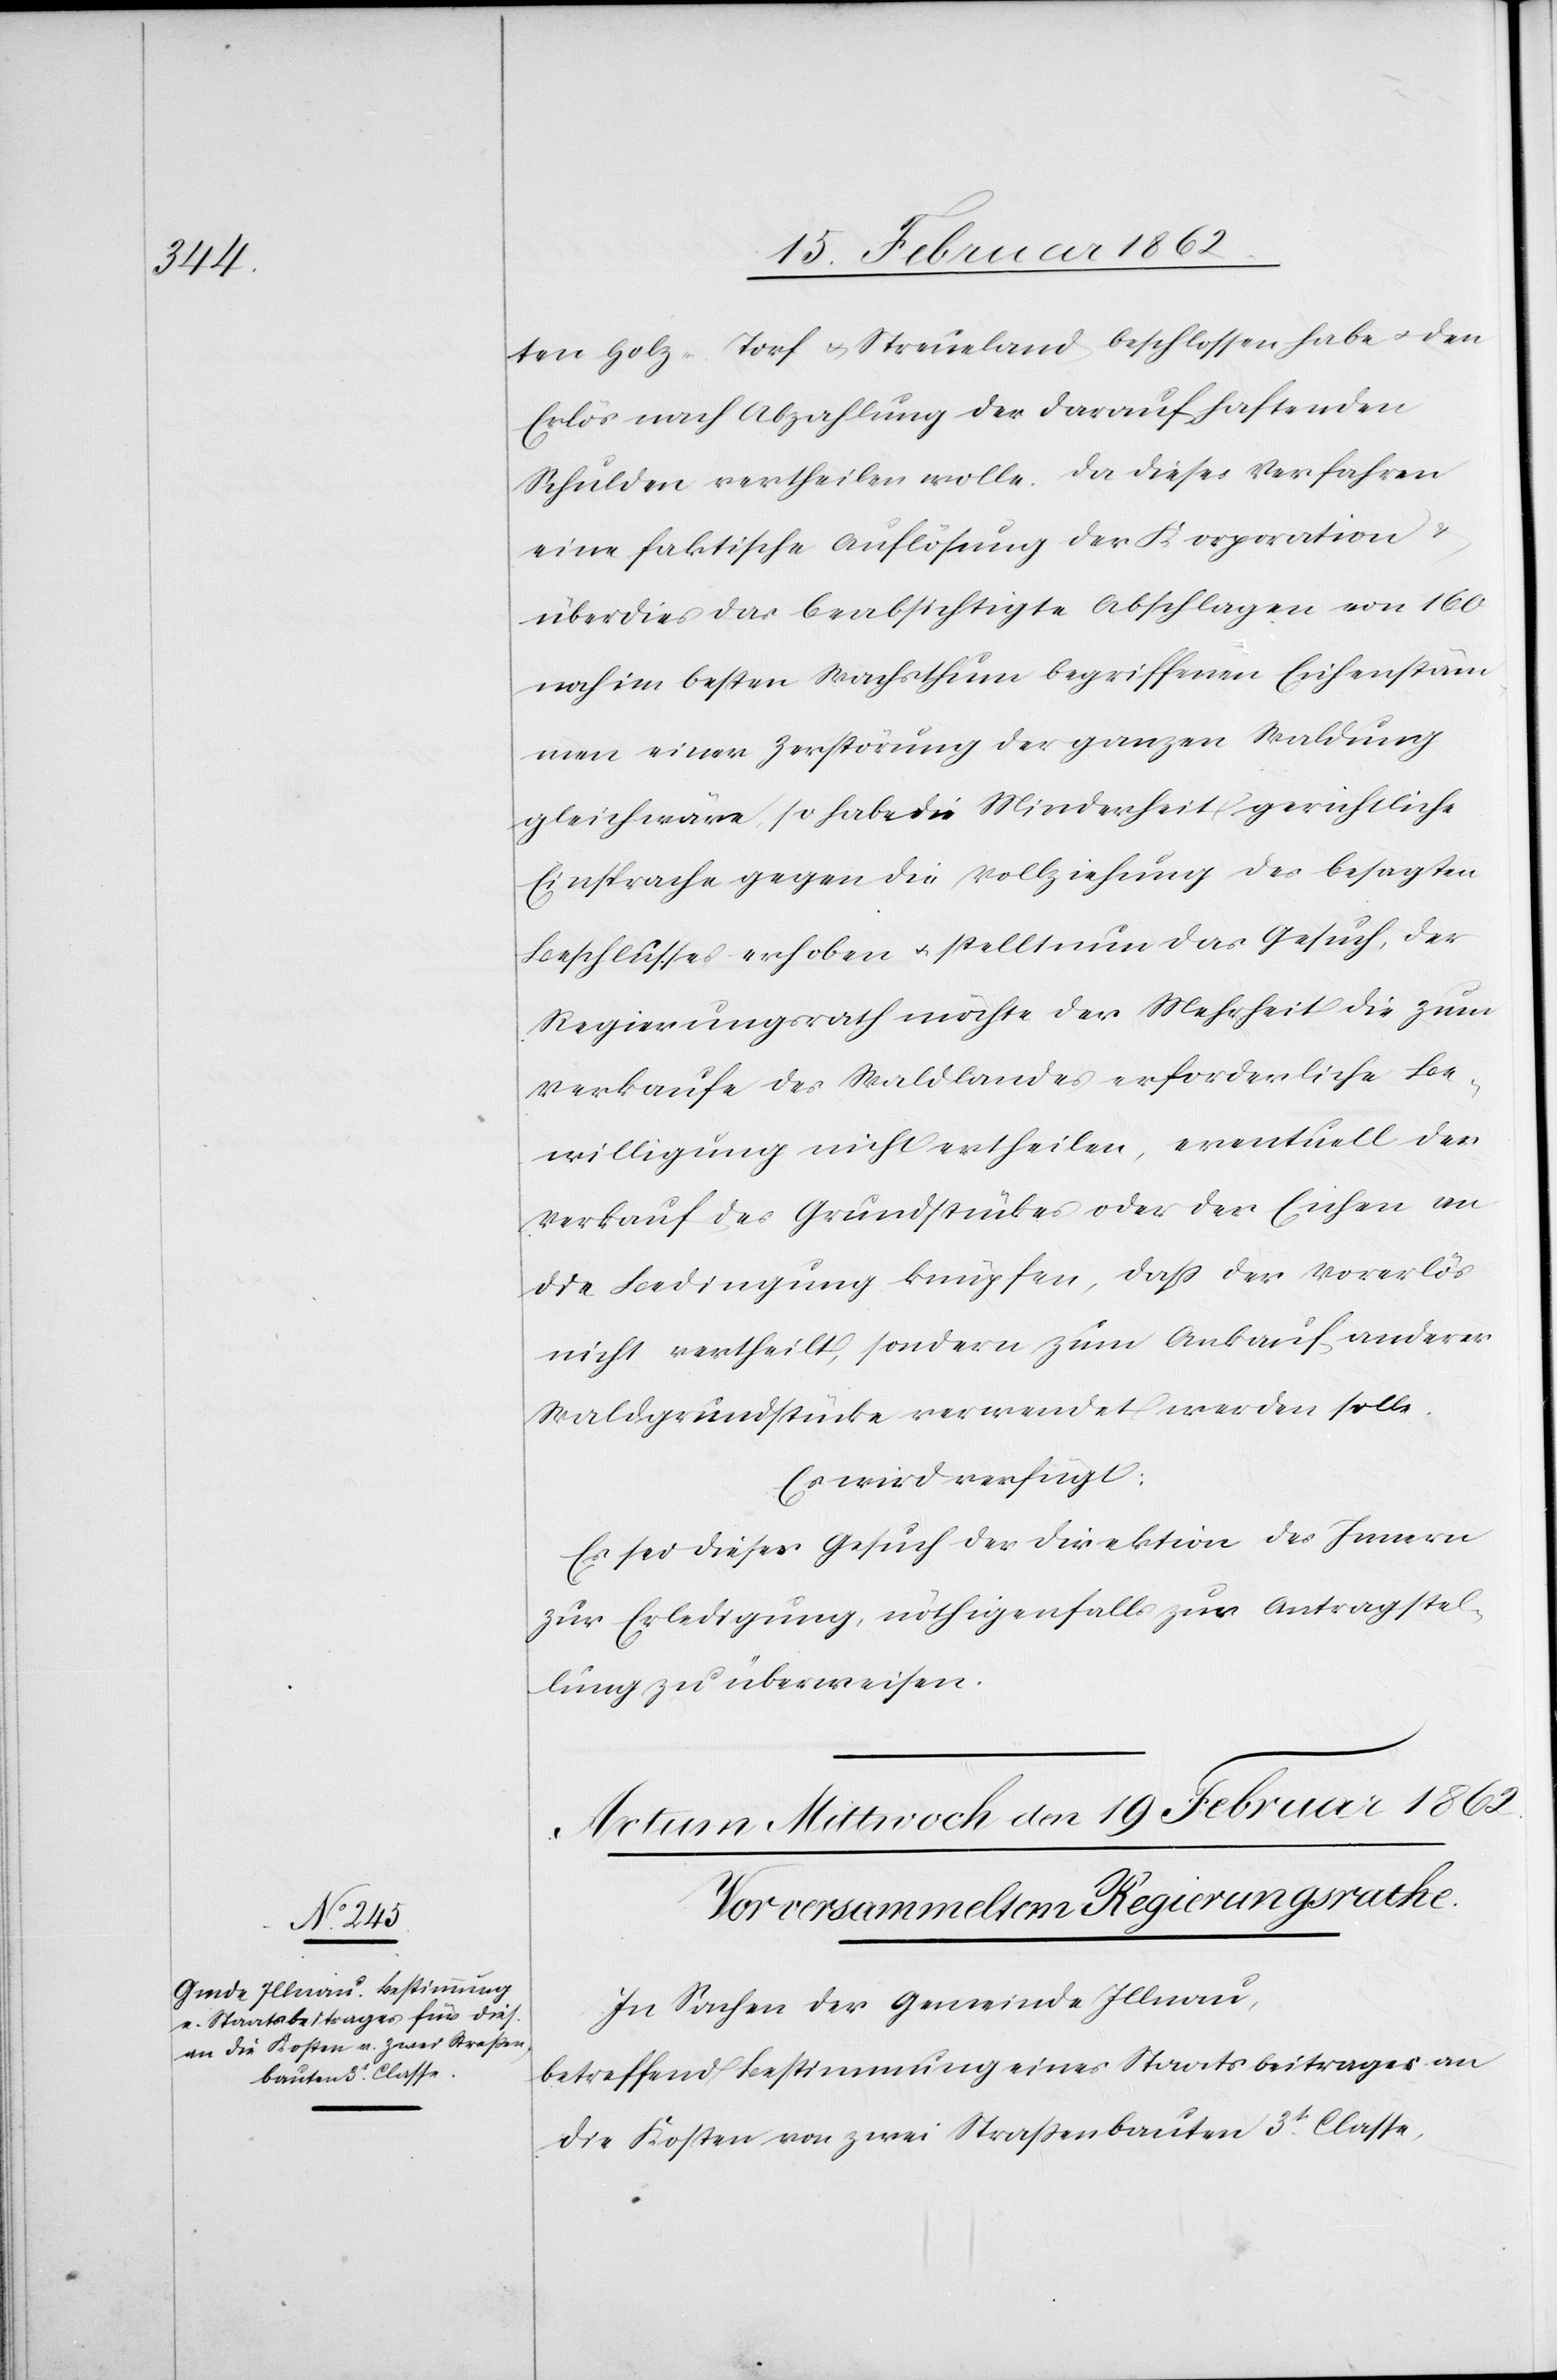
ten Holz- Torf u. Streueland beschlossen habe u. den
Erlös nach Abzahlung der darauf haftenden
Schulden vertheilen wolle. Da dieses Verfahren
eine faktische Auflösung der Korporation
überdies das beabsichtigte Abschlagen von 160
noch im besten Wachsthum begriffenen Eichenstäm¬
men einer Zerstörung der ganzen Waldung
gleich wäre, so habe die Minderheit gerichtliche
Einsprache gegen die Vollziehung des besagten
Beschlusses erhoben u. stellt nun das Gesuch, der
Regierungsrath möchte der Mehrheit die zum
Verkaufe des Waldlandes erforderliche Be¬
willigung nicht ertheilen, eventuell der
Verkauf des Grundstückes oder der Eichen an
die Bedingung knüpfen, daß der Vorerlös
nicht vertheilt, sondern zum Ankauf anderer
Waldgrundstücke verwendet werden solle.
Es wird verfügt:
Es sei dieses Gesuch der Direktion des Innern
zur Erledigung, nöthigenfalls zur Antragstel¬
lung zu überweisen.
In Sachen der Gemeinde Illnau,
betreffend Bestimmung eines Staatsbeitrages an
die Kosten von zwei Straßenbauten 3t. Classe,